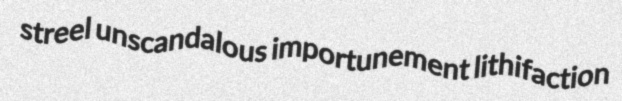
streel unscandalous importunement lithifaction